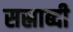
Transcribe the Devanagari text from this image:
सस्राब्दी